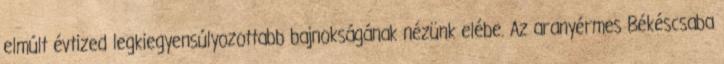
elmúlt évtized legkiegyensúlyozottabb bajnokságának nézünk elébe. Az aranyérmes Békéscsaba